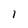
Character: 1